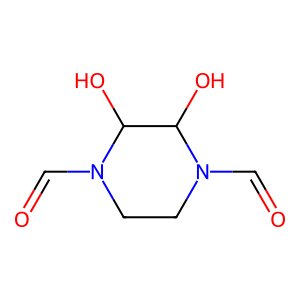
SMILES: O=CN1CCN(C=O)C(O)C1O
Inhibits HIV replication: No